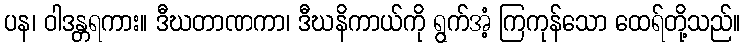
ပန၊ ဝါဒန္တရကား။ ဒီဃတာဏကာ၊ ဒီဃနိကာယ်ကို ရွက်အံ့ ကြကုန်သော ထေရ်တို့သည်။